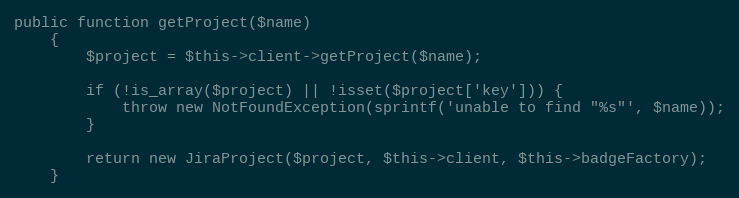
Language: PHP
public function getProject($name)
    {
        $project = $this->client->getProject($name);

        if (!is_array($project) || !isset($project['key'])) {
            throw new NotFoundException(sprintf('unable to find "%s"', $name));
        }

        return new JiraProject($project, $this->client, $this->badgeFactory);
    }